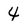
Character: 4